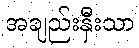
အချည်းနှီးသာ